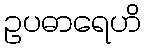
ဥပဓာရေဟိ